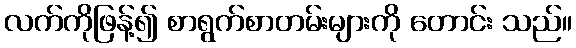
လက်ကိုဖြန့်၍ စာရွက်စာတမ်းများကို တောင်း သည်။